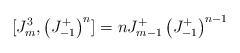
LaTeX: \begin{align*}[J^3_m,\left( J^+_{-1}\right)^n]=nJ^+_{m-1}\left(J^+_{-1}\right)^{n-1}\end{align*}